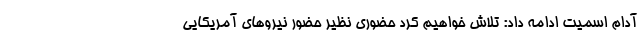
آدام اسمیت ادامه داد: تلاش خواهیم کرد حضوری نظیر حضور نیروهای آمریکایی